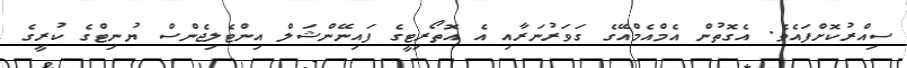
ސިއްރުކޮށްފައެވެ. އެގޮތުން އެމްއެމްއޭގެ ގަވަރުނަރާއި އެ އޮތޯރިޓީގެ ފައިނޭންޝަލް އިންޓެލިޖެންސް ޔުނިޓްގެ ކުރީގެ